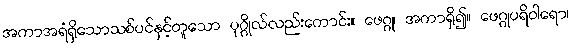
အကာအရံရှိသောသစ်ပင်နှင့်တူသော ပုဂ္ဂိုလ်လည်းကောင်း။ ဖေဂ္ဂု၊ အကာရှိ၍။ ဖေဂ္ဂုပရိဝါရော၊